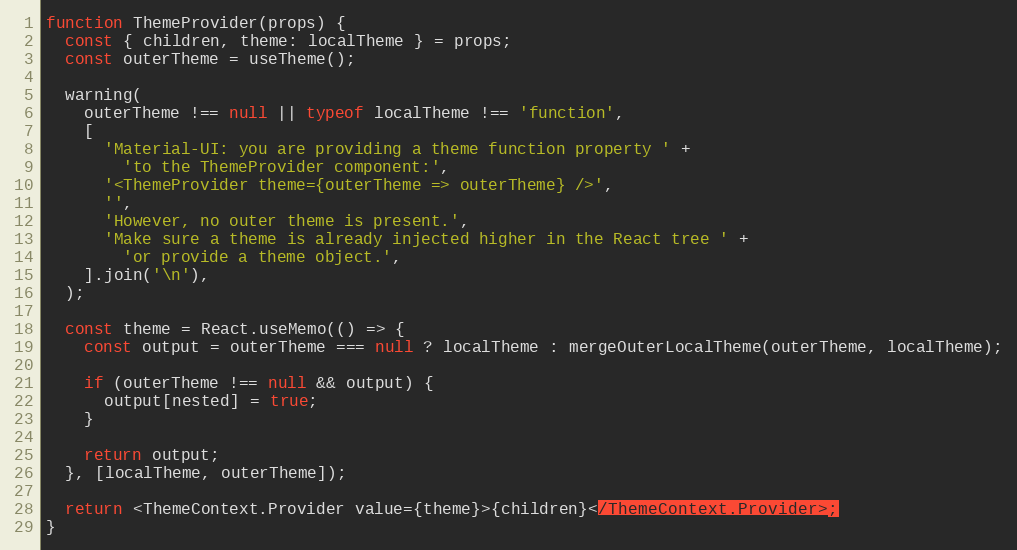
Language: JavaScript
function ThemeProvider(props) {
  const { children, theme: localTheme } = props;
  const outerTheme = useTheme();

  warning(
    outerTheme !== null || typeof localTheme !== 'function',
    [
      'Material-UI: you are providing a theme function property ' +
        'to the ThemeProvider component:',
      '<ThemeProvider theme={outerTheme => outerTheme} />',
      '',
      'However, no outer theme is present.',
      'Make sure a theme is already injected higher in the React tree ' +
        'or provide a theme object.',
    ].join('\n'),
  );

  const theme = React.useMemo(() => {
    const output = outerTheme === null ? localTheme : mergeOuterLocalTheme(outerTheme, localTheme);

    if (outerTheme !== null && output) {
      output[nested] = true;
    }

    return output;
  }, [localTheme, outerTheme]);

  return <ThemeContext.Provider value={theme}>{children}</ThemeContext.Provider>;
}